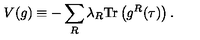
V ( g ) \equiv - \sum _ { R } \lambda _ { R } \mathrm { T r } \left( g ^ { R } ( \tau ) \right) .